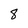
Character: 8